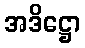
အဒိဋ္ဌော